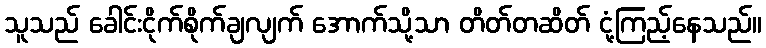
သူသည် ခေါင်းငိုက်စိုက်ချလျက် အောက်သို့သာ တိတ်တဆိတ် ငုံ့ကြည့်နေသည်။